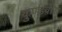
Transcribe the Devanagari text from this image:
कुण्डवारा